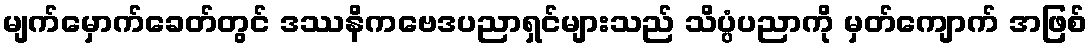
မျက်မှောက်ခေတ်တွင် ဒဿနိကဗေဒပညာရှင်များသည် သိပ္ပံပညာကို မှတ်ကျောက် အဖြစ်